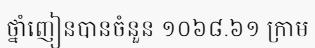
ថ្នាំញៀនបានចំនួន ១០៦៨.៦១ ក្រាម